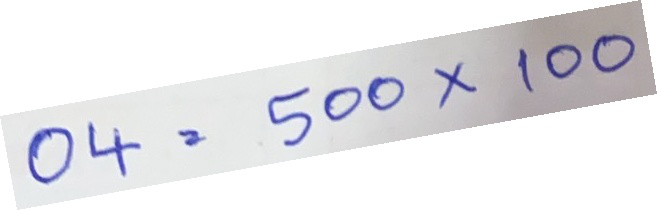
04 = 500x100